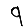
Digit: 9